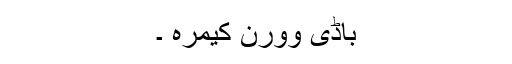
باڈی وورن کیمرہ ۔